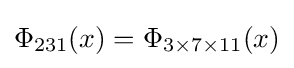
\Phi _{231}(x)=\Phi _{3\times 7\times 11}(x)